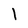
Character: l